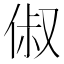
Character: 俶